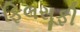
ફિલસૂફી